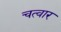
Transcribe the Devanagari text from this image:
चत्वार